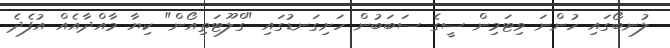
ލުނބޯގައި ހުންނަ ވިޓަމިން ސީގެ ސަބަބުން ހަށިގަނޑުގައި "ގްލޫޓަތިއޯން" ކިޔާ މާއްދާއެއް އުފެދެ